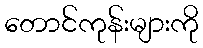
တောင်ကုန်းများကို